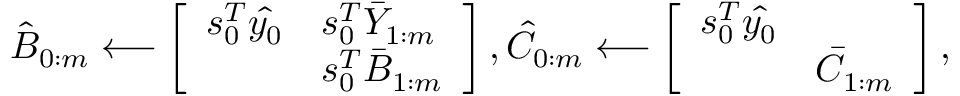
\hat { B } _ { 0 : m } \longleftarrow \left[ \begin{array} { l l } { s _ { 0 } ^ { T } \hat { y _ { 0 } } } & { s _ { 0 } ^ { T } \bar { Y } _ { 1 : m } } \\ & { s _ { 0 } ^ { T } \bar { B } _ { 1 : m } } \end{array} \right] , \hat { C } _ { 0 : m } \longleftarrow \left[ \begin{array} { l l } { { s _ { 0 } ^ { T } \hat { y _ { 0 } } } } & \\ & { \bar { C } _ { 1 : m } } \end{array} \right] ,